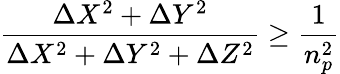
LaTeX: \frac{\Delta{X}^{2}+\Delta{Y}^{2}}{\Delta{X}^{2}+\Delta{Y}^{2}+\Delta{Z}^{2}}\ge\frac{1}{n_{p}^{2}}